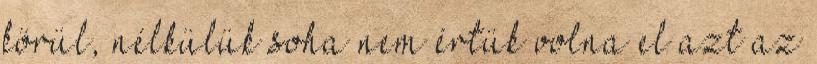
körül, nélkülük soha nem értük volna el azt az